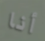
أنا